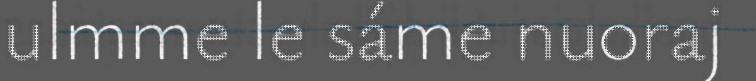
ulmme le sáme nuoraj